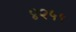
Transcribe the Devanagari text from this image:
४२५९